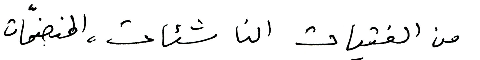
من الفتيات الناشئات، المنضمّات